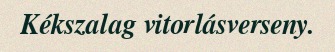
Kékszalag vitorlásverseny.